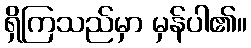
ရှိကြသည်မှာ မှန်ပါ၏။